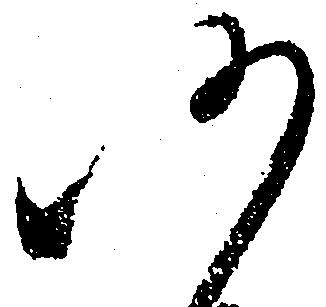
仍